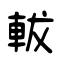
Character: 軷